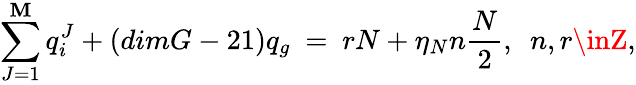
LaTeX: \sum_{J=1}^{\mathbf{M}}q_{i}^{J}+(dimG-21)q_{g}\ =\ rN+\eta_{N}n\frac{{N}}{{2}},\ \ n,r\inZ,